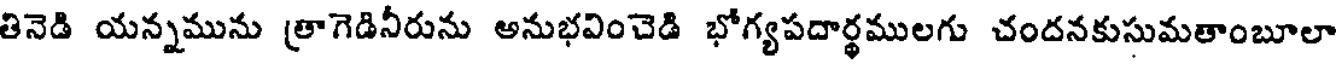
తినెడి యన్నమును త్రాగెడినీరును అనుభవించెడి భోగ్యపదార్థములగు చందనకుసుమతాంబూలా